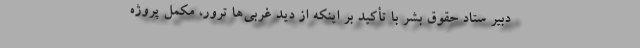
دبیر ستاد حقوق بشر با تأکید بر اینکه از دید غربی‌ها ترور، مکمل پروژه